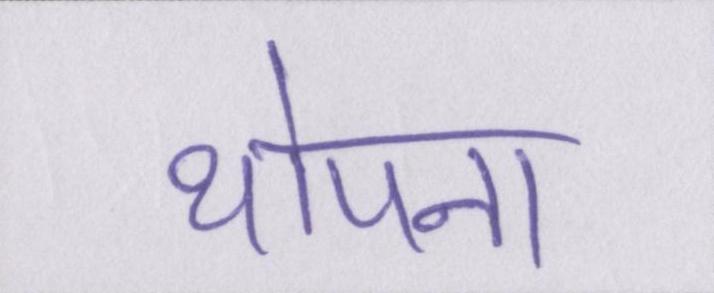
थोपना